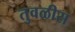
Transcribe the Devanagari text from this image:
तुवळीस